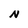
Character: N